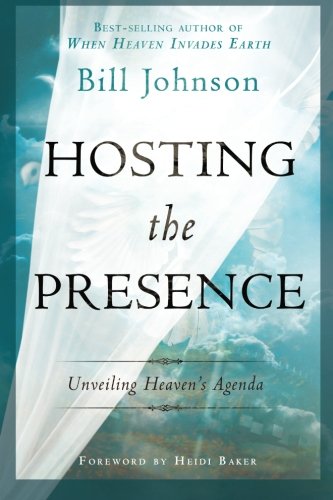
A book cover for Hosting the Presence: Unveiling Heaven's Agenda; Bill Johnson; Christian Books & Bibles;